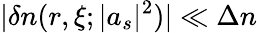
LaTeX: |\delta n(r,\xi;|a_{s}|^{2})|\ll\Delta n